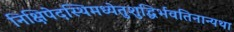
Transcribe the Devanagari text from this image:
निक्षिपेदस्थिमध्येतुशुद्धिर्भवतिनान्यथा